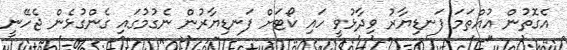
އެގޮތުން އުއްތަމަ ފަނޑިޔާރު ވިދާޅުވީ ހައި ކޯޓަށް ފަނޑިޔާރުން ނެގުމުގައި ގެންގުޅެން ޖެހޭނީ